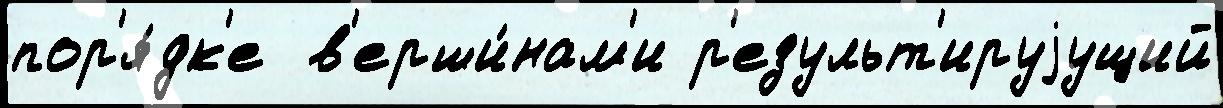
пор'я́дк'е  в'ерши́нам'и р'езульт'ируjущий